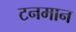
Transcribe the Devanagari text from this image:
टनमान